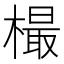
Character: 樶